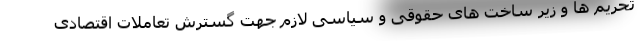
تحریم ها و زیر ساخت های حقوقی و سیاسی لازم جهت گسترش تعاملات اقتصادی